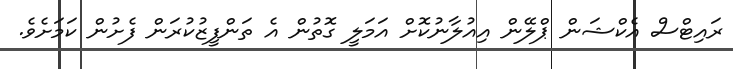
ރައިޓްސް އެކްޝަން ޕްލޭން އިއުލާނުކޮށް އަމަލީ ގޮތުން އެ ތަންފީޒުކުރަން ފެށުން ކަމަށެވެ.